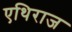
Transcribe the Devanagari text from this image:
एथिराज